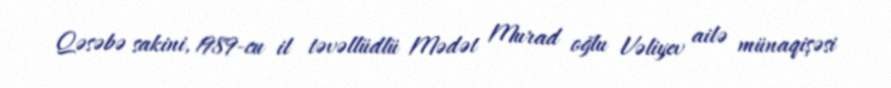
Qəsəbə sakini, 1989-cu il təvəllüdlü Mədət Murad oğlu Vəliyev ailə münaqişəsi